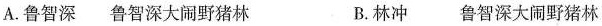
A.鲁智深 鲁智深大闹野猪林 B.林冲 鲁智深大闹野猪林